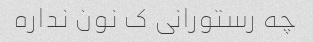
چه رستورانی ک نون نداره